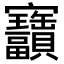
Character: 𫴫